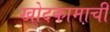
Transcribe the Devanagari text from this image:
खोदकामाची